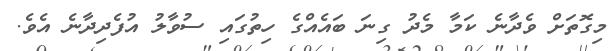
މިގޮތަށް ވެދާނެ ކަމާ މެދު ގިނަ ބައެއްގެ ހިތުގައި ސުވާލު އުފެދިދާނެ އެވެ.